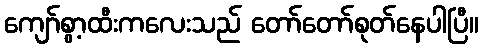
ကျော်စွာ့ထီးကလေးသည် တော်တော်စုတ်နေပါပြီ။